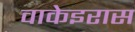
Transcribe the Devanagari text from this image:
वाकेइरास